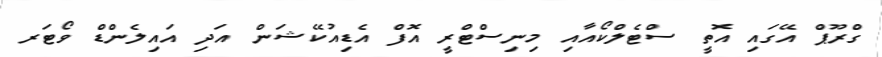
ގްރޫޕް އޭގައި އޮތީ ސްޓެލްކޯއާއި މިނިސްޓްރީ އޮފް އެޑިއުކޭޝަން އަދި އައިލެންޑް ވޯޓަރ